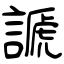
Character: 謕